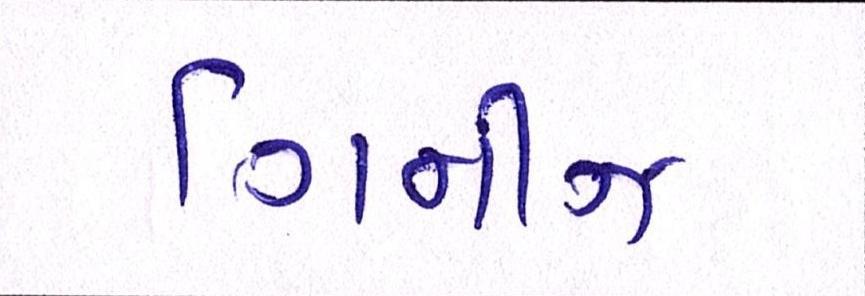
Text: ગિનીઝ